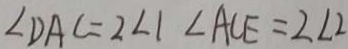
\angle D A C = 2 \angle 1 \angle A C E = 2 \angle 2